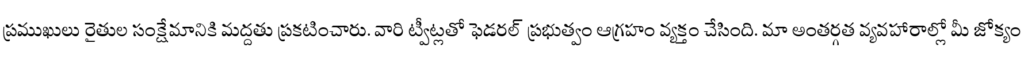
ప్రముఖులు రైతుల సంక్షేమానికి మద్దతు ప్రకటించారు. వారి ట్వీట్లతో ఫెడరల్ ప్రభుత్వం ఆగ్రహం వ్యక్తం చేసింది. మా అంతర్గత వ్యవహారాల్లో మీ జోక్యం